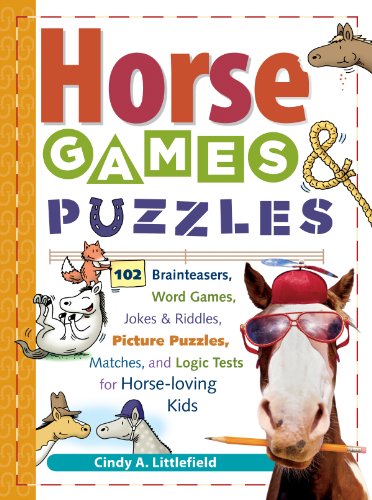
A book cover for Horse Games & Puzzles for Kids: 102 Brainteasers, Word Games, Jokes & Riddles, Picture Puzzlers, Matches & Logic Tests for Horse-Loving Kids; Cindy A. Littlefield; Children's Books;